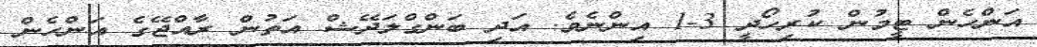
އަންހެން ޓީމުން ކުރިހޯދީ 3-1 އިންނެވެ. އަދި ބަންގްލަދޭޝް އަތުން ރާއްޖޭގެ އަންހެން